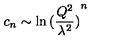
c _ { n } \sim \ln { ( \frac { Q ^ { 2 } } { \lambda ^ { 2 } } ) } ^ { n }